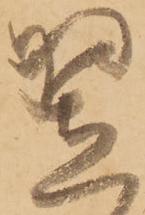
翌